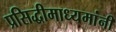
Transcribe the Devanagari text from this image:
प्रसिद्धीमाध्यमांनी